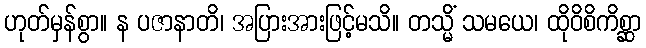
ဟုတ်မှန်စွာ။ န ပဇာနာတိ၊ အပြားအားဖြင့်မသိ။ တသ္မိံ သမယေ၊ ထိုဝိစိကိစ္ဆာ